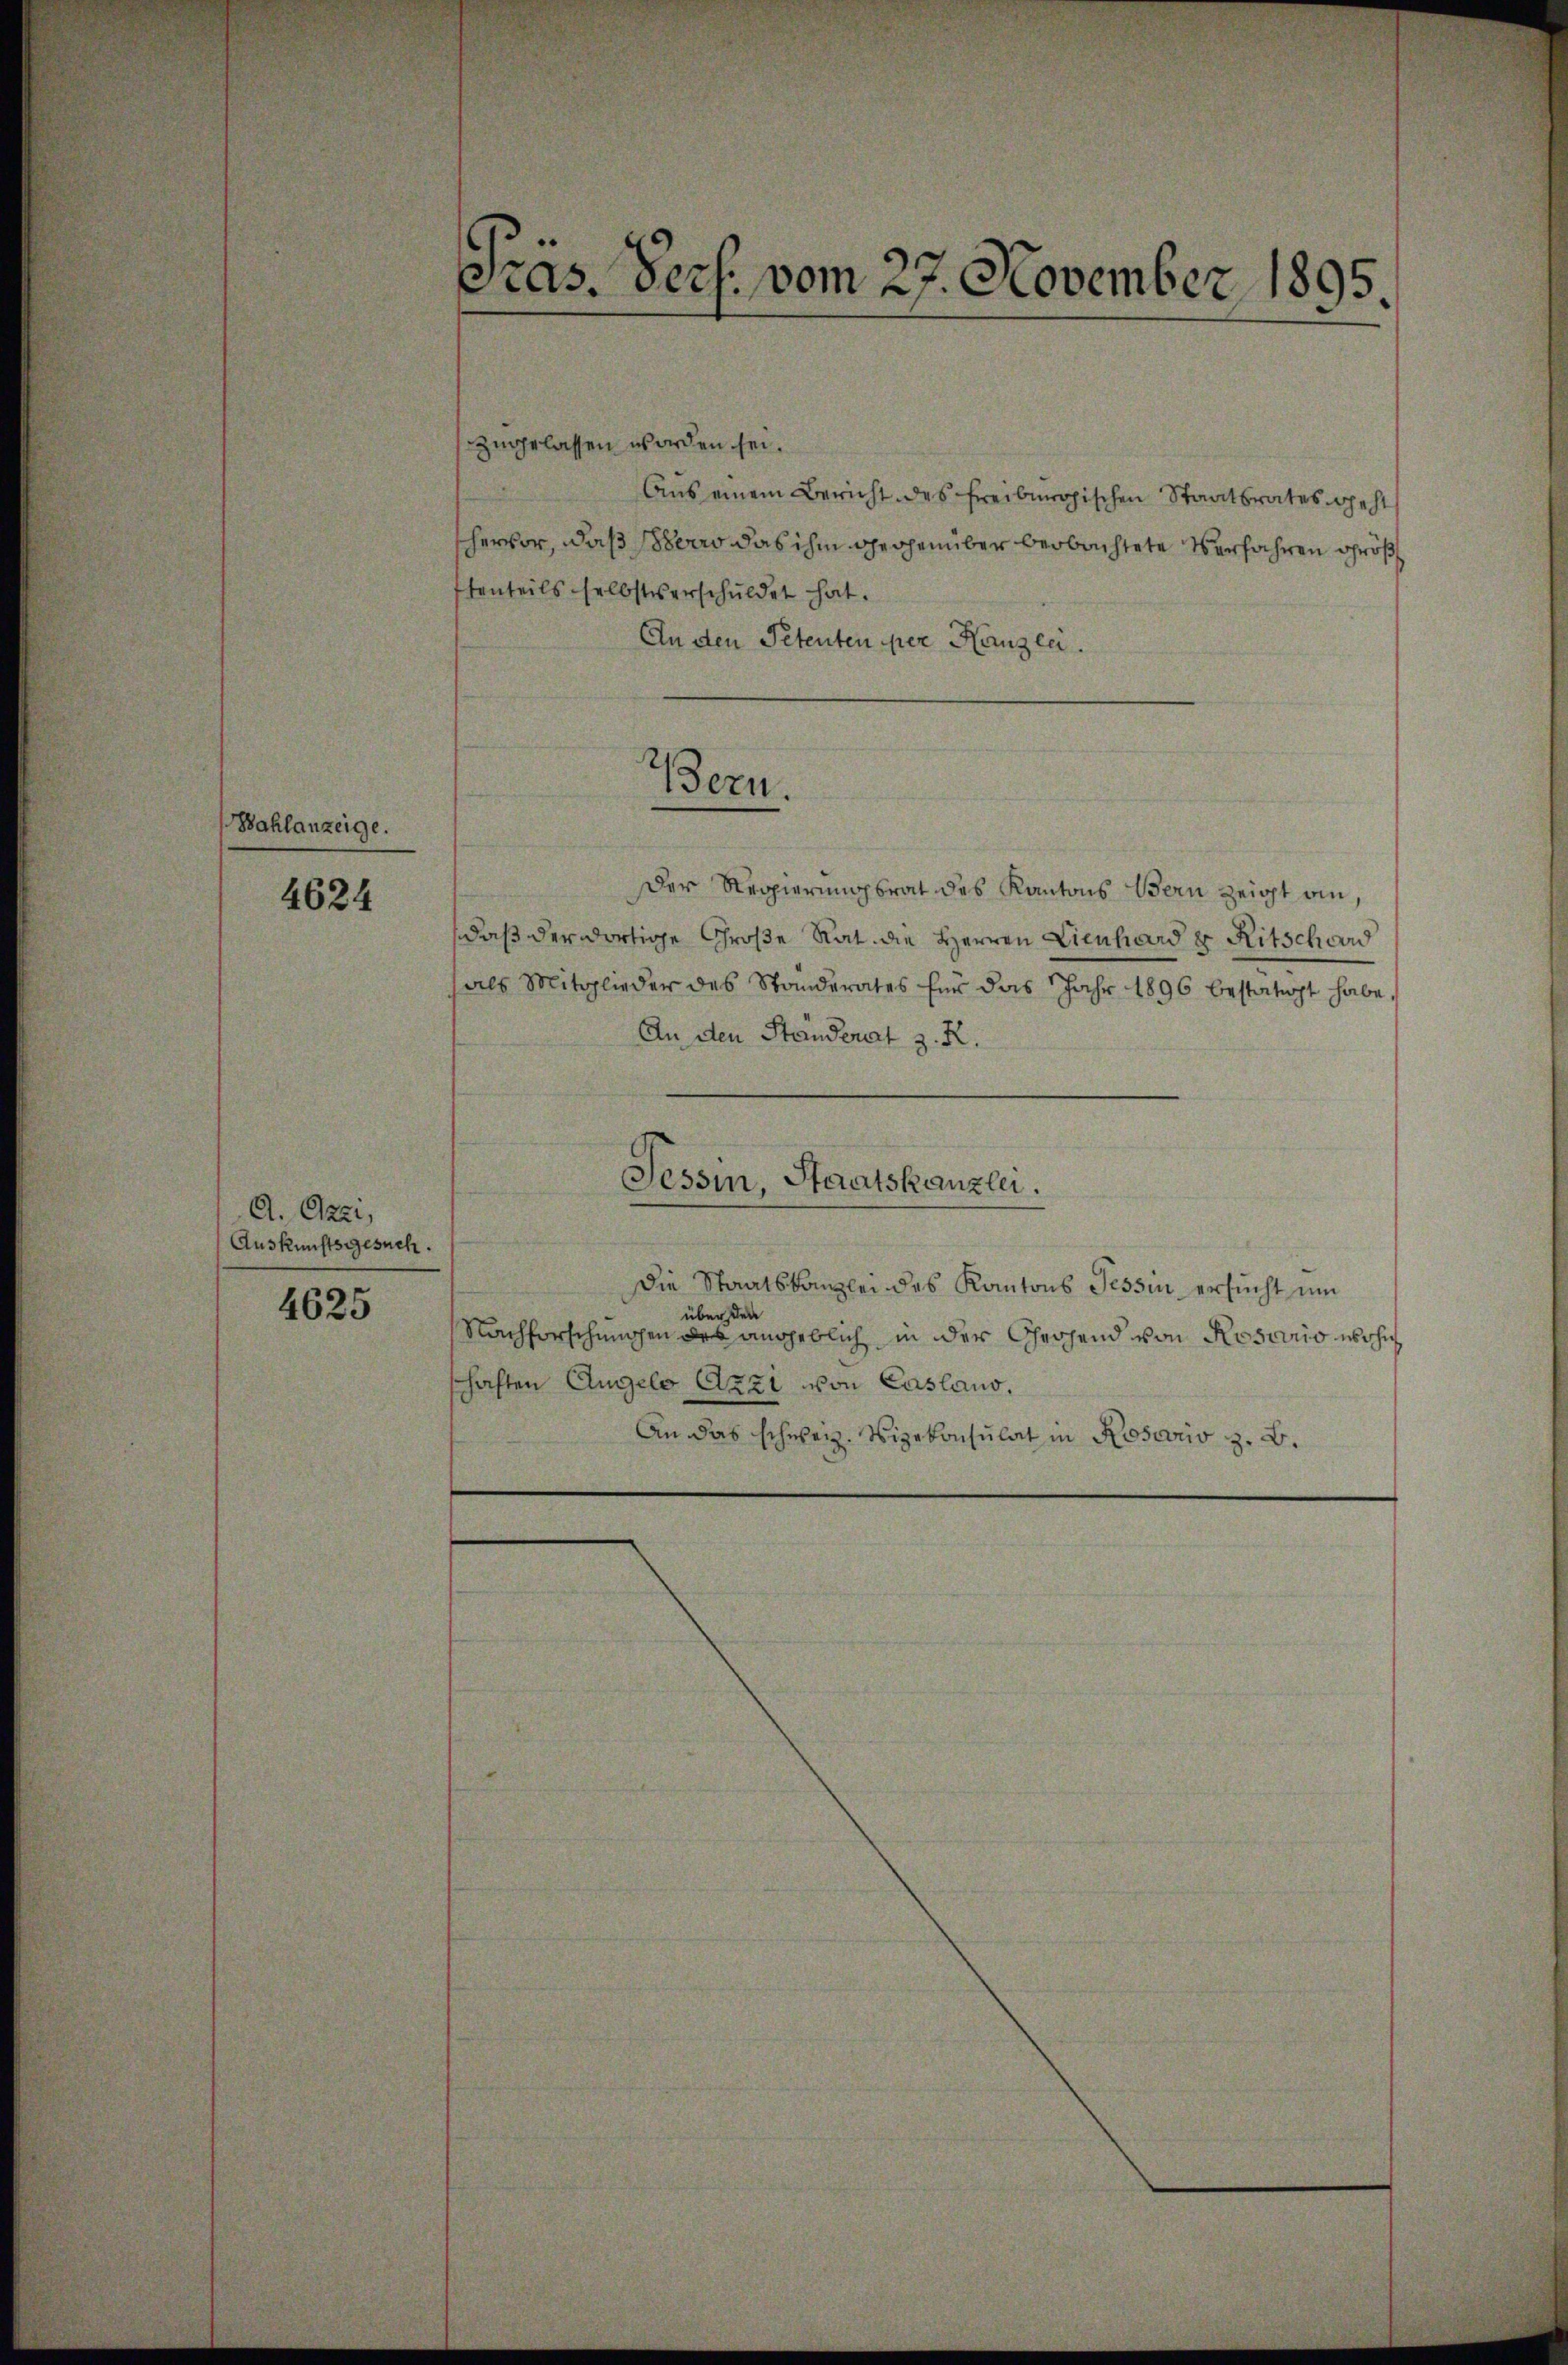
Bahlanzeige.

4624

A. Ozzi,
Auskunftsgesuch.

4625

Präs. Pech. vom 27. November 1895.

zugelassen worden sei.
Aus einem Bericht des Freiburgischen Staatsrates geht
hervor, daß Perro das ihm gegenüber beobachtete Verfahren größ
tenteils selbstverschuldet hat.
An den Petenten per Kanzlei.
Der Regierungsrat des Kantons Bern zeigt an,
daß der dortige Große Rat die Herren Lienhard & Ritschwerd
als Mitglieder des Standerates für das Jahr 1896 bestätigt habe.
An den Ständerart z. R.
Tessin, Staatskanzlei.
Die Staatskanzlei des Kantons Tessin ersucht um
über den
Nachforschungen des angeblich in der Chrohend von Roscirio wohn
schaften Angelo Azzi von Casland.
An das schweiz. Vizekonsulat in Rosario z. B.

Bern.